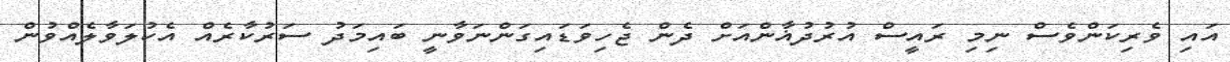
އައި ވެރިކަންވެސް ނިމި ރައީސް އުރުދުޣާންއަށް ދެން ޖެހިވަޑައިގަންނަވާނީ ބައިމަދު ސަރުކާރެއް އެކުލަވާލެއްވުން